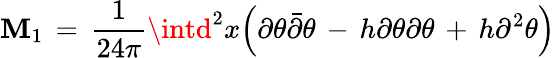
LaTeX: \mathbf{M}_{1}\, =\, {\frac{{1}}{{24\pi}}}\intd^{2}x\Big(\partial\theta{\bar{{\partial}}}\theta\, -\, h\partial\theta\partial\theta\, +\, h\partial^{2}\theta\Big)